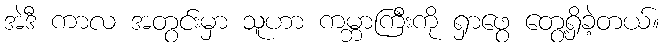
အဲဒီ ကာလ အတွင်းမှာ သူဟာ ကမ္ဘာကြီးကို ရှာဖွေ တွေ့ရှိခဲ့တယ်။